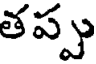
తప్పు